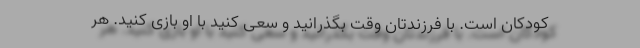
کودکان است. با فرزندتان وقت بگذرانید و سعی کنید با او بازی کنید. هر